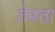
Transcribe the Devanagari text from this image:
तेस्ता